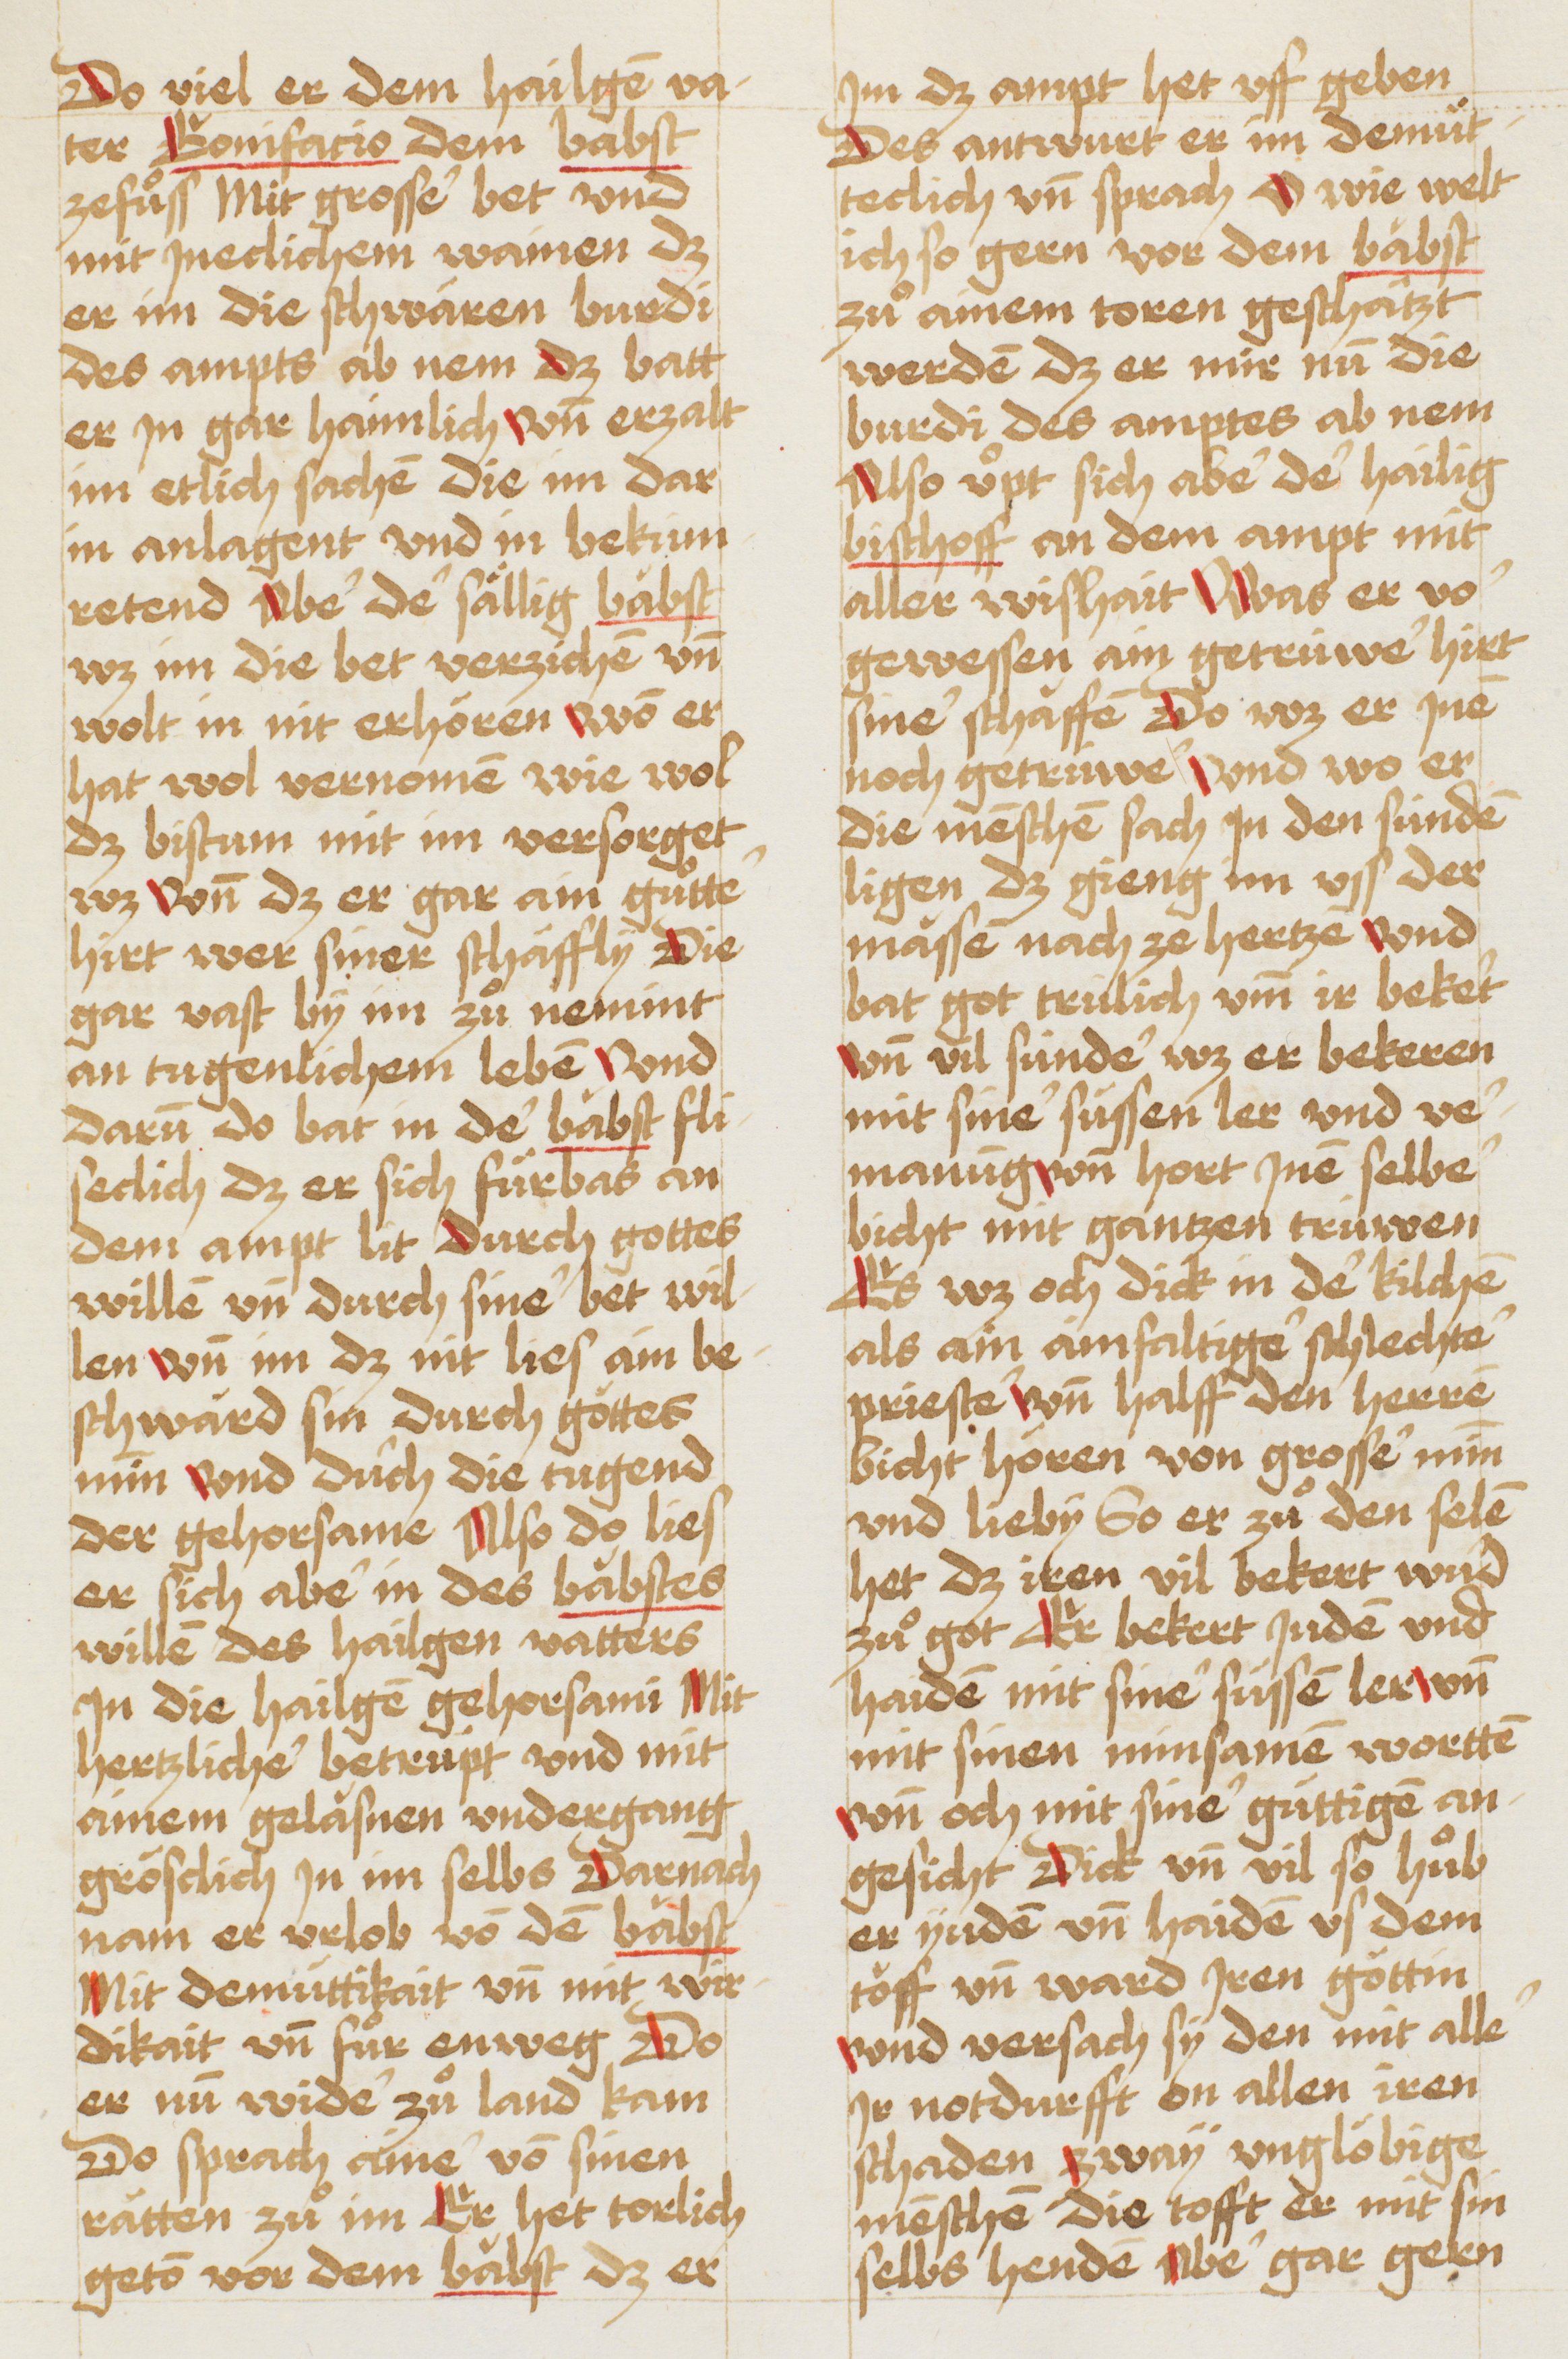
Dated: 1490–1520